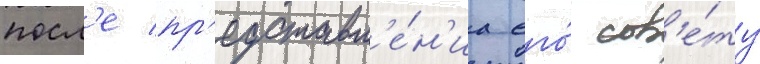
посл'е пр'едставл'е́н'иа его́ сов'е́ту